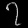
Digit: ၇